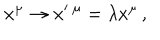
x ^ { \mu } \rightarrow x ^ { \prime } \, ^ { \mu } = \lambda x ^ { \mu } \, ,